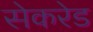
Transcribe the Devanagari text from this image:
सेकरेड